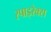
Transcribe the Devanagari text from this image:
स्पाइरेक्स